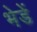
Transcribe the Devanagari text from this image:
भेडें